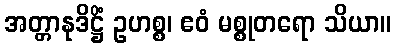
အတ္တာနုဒိဋ္ဌိံ ဥဟစ္စ၊ ဧဝံ မစ္စုတရော သိယာ။